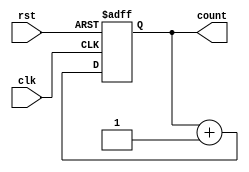
module gray_counter (
    input wire clk,
    input wire rst,
    output reg [3:0] count
);

reg [3:0] next_count;

always @(posedge clk or posedge rst) begin
    if (rst) begin
        count <= 4'b0000;
    end else begin
        count <= next_count;
    end
end

always @* begin
    next_count = count + 1;
end

endmodule